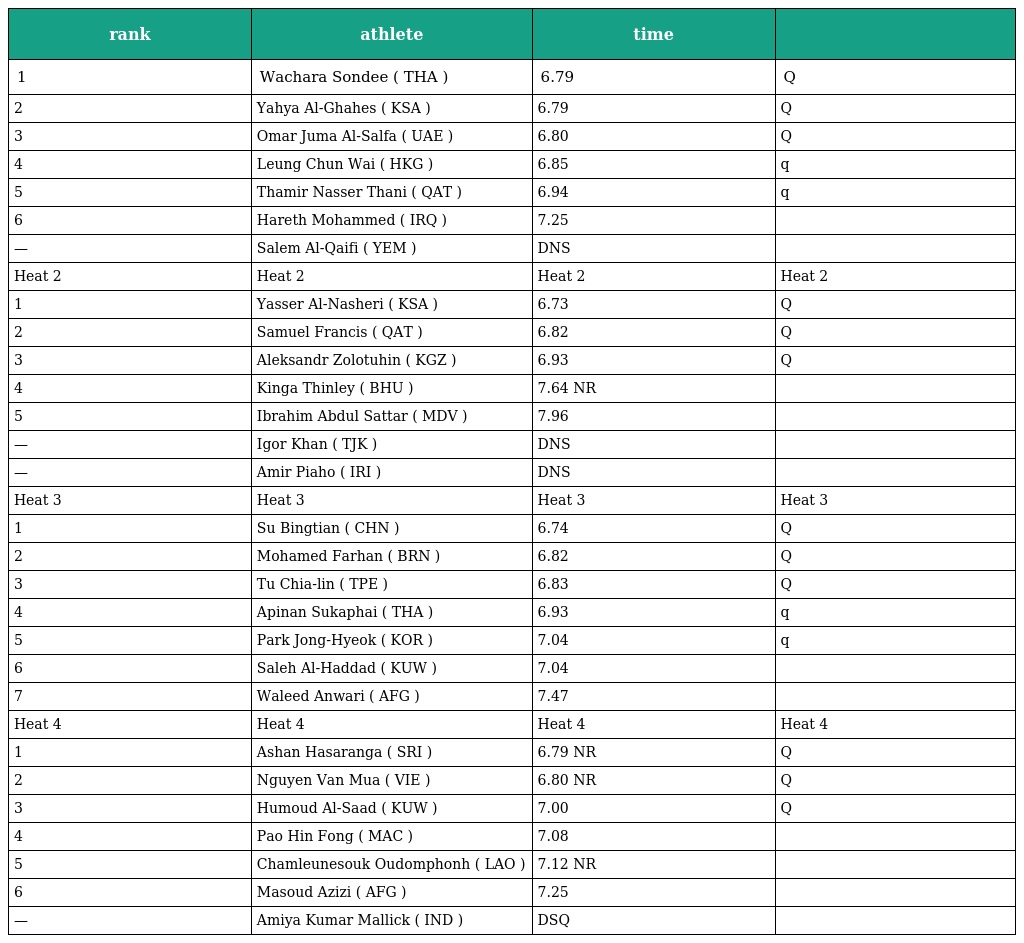
| rank | athlete | time |  |
 | --- | --- | --- | --- |
 | 1 | Wachara Sondee ( THA ) | 6.79 | Q |
 | 2 | Yahya Al-Ghahes ( KSA ) | 6.79 | Q |
 | 3 | Omar Juma Al-Salfa ( UAE ) | 6.80 | Q |
 | 4 | Leung Chun Wai ( HKG ) | 6.85 | q |
 | 5 | Thamir Nasser Thani ( QAT ) | 6.94 | q |
 | 6 | Hareth Mohammed ( IRQ ) | 7.25 |  |
 | — | Salem Al-Qaifi ( YEM ) | DNS |  |
 | Heat 2 | Heat 2 | Heat 2 | Heat 2 |
 | 1 | Yasser Al-Nasheri ( KSA ) | 6.73 | Q |
 | 2 | Samuel Francis ( QAT ) | 6.82 | Q |
 | 3 | Aleksandr Zolotuhin ( KGZ ) | 6.93 | Q |
 | 4 | Kinga Thinley ( BHU ) | 7.64 NR |  |
 | 5 | Ibrahim Abdul Sattar ( MDV ) | 7.96 |  |
 | — | Igor Khan ( TJK ) | DNS |  |
 | — | Amir Piaho ( IRI ) | DNS |  |
 | Heat 3 | Heat 3 | Heat 3 | Heat 3 |
 | 1 | Su Bingtian ( CHN ) | 6.74 | Q |
 | 2 | Mohamed Farhan ( BRN ) | 6.82 | Q |
 | 3 | Tu Chia-lin ( TPE ) | 6.83 | Q |
 | 4 | Apinan Sukaphai ( THA ) | 6.93 | q |
 | 5 | Park Jong-Hyeok ( KOR ) | 7.04 | q |
 | 6 | Saleh Al-Haddad ( KUW ) | 7.04 |  |
 | 7 | Waleed Anwari ( AFG ) | 7.47 |  |
 | Heat 4 | Heat 4 | Heat 4 | Heat 4 |
 | 1 | Ashan Hasaranga ( SRI ) | 6.79 NR | Q |
 | 2 | Nguyen Van Mua ( VIE ) | 6.80 NR | Q |
 | 3 | Humoud Al-Saad ( KUW ) | 7.00 | Q |
 | 4 | Pao Hin Fong ( MAC ) | 7.08 |  |
 | 5 | Chamleunesouk Oudomphonh ( LAO ) | 7.12 NR |  |
 | 6 | Masoud Azizi ( AFG ) | 7.25 |  |
 | — | Amiya Kumar Mallick ( IND ) | DSQ |  |